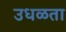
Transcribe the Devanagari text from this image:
उधळता